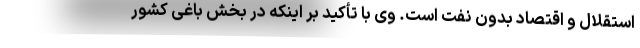
استقلال و اقتصاد بدون نفت است. وی با تأکید بر اینکه در بخش باغی کشور